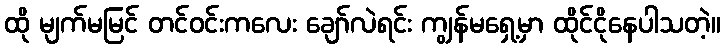
ထို မျက်မမြင် တင်ဝင်းကလေး ချော်လဲရင်း ကျွန်မရှေ့မှာ ထိုင်ငိုနေပါသတဲ့။